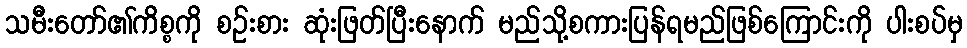
သမီးတော်၏ကိစ္စကို စဉ်းစား ဆုံးဖြတ်ပြီးနောက် မည်သို့စကားပြန်ရမည်ဖြစ်ကြောင်းကို ပါးစပ်မှ